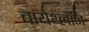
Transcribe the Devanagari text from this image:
बायेथ्लॉन